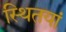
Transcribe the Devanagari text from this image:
स्थितयां